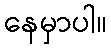
နေမှာပါ။